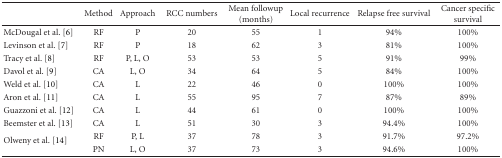
<table><thead><tr><td><b> </b></td><td><b>Method</b></td><td><b>Approach</b></td><td><b>RCC numbers</b></td><td><b>Mean followup (months)</b></td><td><b>Local recurrence</b></td><td><b>Relapse free survival</b></td><td><b>Cancer specific survival</b></td></tr></thead><tbody><tr><td> McDougal et al. [6] </td><td>RF</td><td>P</td><td>20</td><td>55</td><td>1</td><td>94%</td><td>100%</td></tr><tr><td> Levinson et al. [7]</td><td>RF</td><td>P</td><td>18</td><td>62</td><td>3</td><td>81%</td><td>100%</td></tr><tr><td> Tracy et al. [8]</td><td>RF</td><td>P, L, O</td><td>53</td><td>53</td><td>5</td><td>91%</td><td>99%</td></tr><tr><td> Davol et al. [9]</td><td>CA</td><td>L, O</td><td>34</td><td>64</td><td>5</td><td>84%</td><td>100%</td></tr><tr><td> Weld et al. [10]</td><td>CA</td><td>L</td><td>22</td><td>46</td><td>0</td><td>100%</td><td>100%</td></tr><tr><td> Aron et al. [11]</td><td>CA</td><td>L</td><td>55</td><td>95</td><td>7</td><td>87%</td><td>89%</td></tr><tr><td> Guazzoni et al. [12]</td><td>CA</td><td>L</td><td>44</td><td>61</td><td>0</td><td>100%</td><td>100%</td></tr><tr><td> Beemster et al. [13]</td><td>CA</td><td>L</td><td>51</td><td>30</td><td>3</td><td>94.4%</td><td>100%</td></tr><tr><td rowspan="2">Olweny et al. [14]</td><td>RF</td><td>P, L</td><td>37</td><td>78</td><td>3</td><td>91.7%</td><td>97.2%</td></tr><tr><td>PN</td><td>L, O</td><td>37</td><td>73</td><td>3</td><td>94.6%</td><td>100%</td></tr></tbody></table>